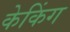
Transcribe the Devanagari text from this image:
केकिंग